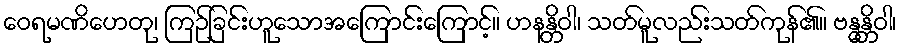
ဝေရမဏိဟေတု၊ ကြဉ်ခြင်းဟူသောအကြောင်းကြောင့်။ ဟနန္တိဝါ၊ သတ်မူလည်းသတ်ကုန်၏။ ဗန္ဓန္တိဝါ၊